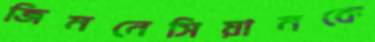
জিমনেসিয়ামকে